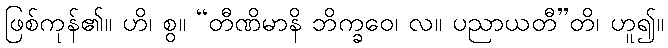
ဖြစ်ကုန်၏။ ဟိ၊ စွ။ “တီဏိမာနိ ဘိက္ခဝေ၊ လ။ ပညာယတီ”တိ၊ ဟူ၍။